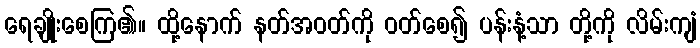
ရေချိုးစေကြ၏။ ထို့နောက် နတ်အဝတ်ကို ဝတ်စေ၍ ပန်းနံ့သာ တို့ကို လိမ်းကျံ